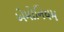
એમોનિયમ